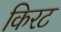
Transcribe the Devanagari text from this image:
किरट